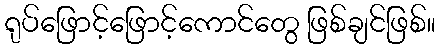
ရုပ်ဖြောင့်ဖြောင့်ကောင်တွေ ဖြစ်ချင်ဖြစ်။